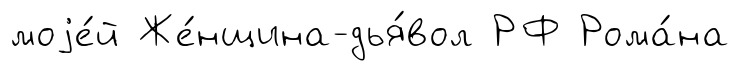
моjе́й Же́нщина-дья́вол РФ Рома́на